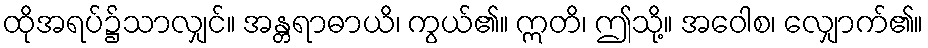
ထိုအရပ်၌သာလျှင်။ အန္တရာဓာယိ၊ ကွယ်၏။ ဣတိ၊ ဤသို့။ အဝေါစ၊ လျှောက်၏။